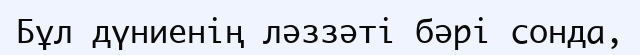
Бұл дүниенің ләззәті бәрі сонда,